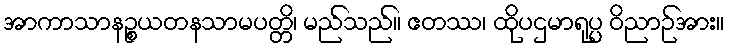
အာကာသာနဉ္စယတနသာမပတ္တိ၊ မည်သည်။ ဧတဿ၊ ထိုပဌမာရုပ္ပ ဝိညာဉ်အား။